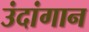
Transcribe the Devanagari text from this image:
उंदांगान